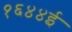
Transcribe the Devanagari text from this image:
१६४४ई